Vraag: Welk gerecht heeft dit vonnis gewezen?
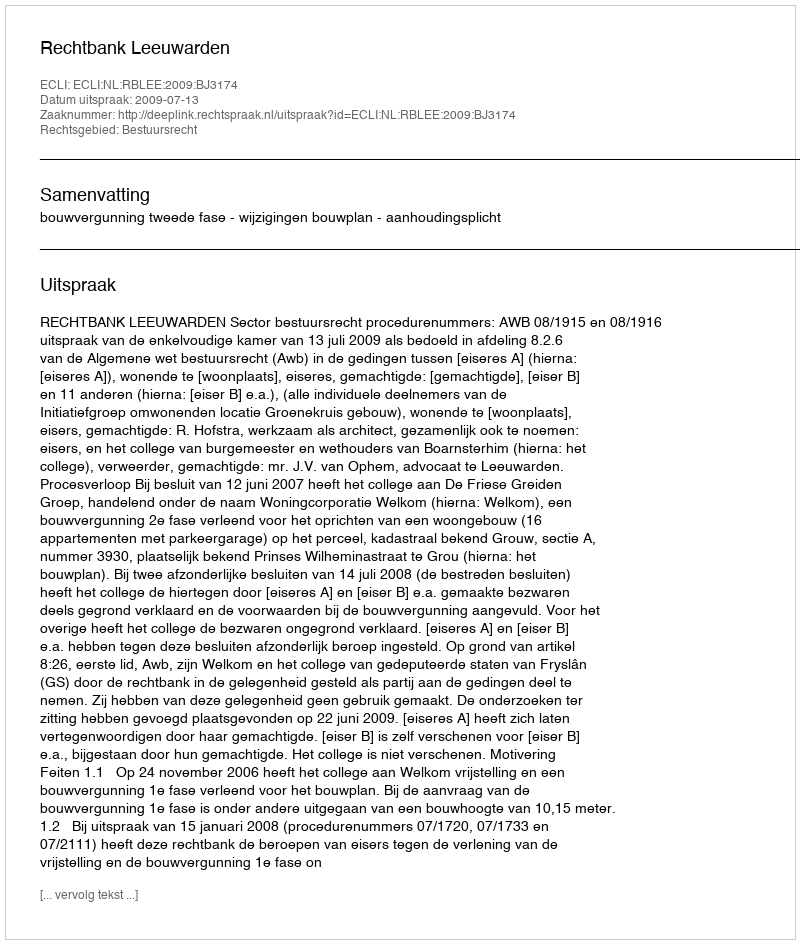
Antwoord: Rechtbank Leeuwarden